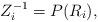
LaTeX: \begin{align*}Z_i^{-1}=P(R_i),\end{align*}